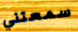
سمعتني